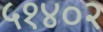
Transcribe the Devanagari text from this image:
५१४०२